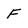
Character: F